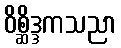
ဝိစ္ဆိဒ္ဒကသညာ